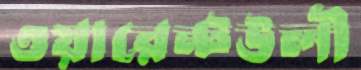
ওয়ারেন্টউলী